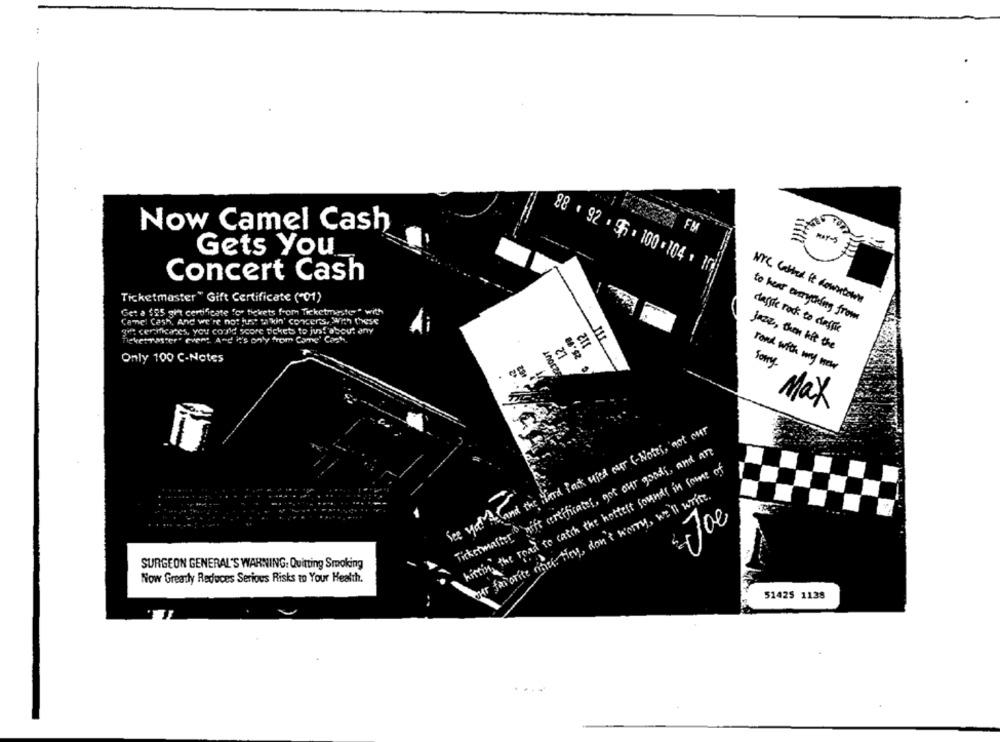
:
Now Camel Cash
FM
--
Gets You
88 . 92 . 96 . 100 .104 . 10
Concert Cash
Ticketmaster" Gift Certificate ("01)
NYC Called it downtown
Get a $25 gift certificate for tickets from Ticketmaster" with
Camel Cash, And we're not just makin' concerts, with these
to hear emycking from
get certificates, you could score tickets to just about any
daggle rock to desfie
nevet raster' event And it's only from Come' Cash.
juez, then hit the
Only 100 C-Netes
rond with my nte
sorry
Max
See you & fand the third Pack wied our (-Notei, not our
Ticketmaster" gift certificates, got Our goods, and an
hitting the road to catch the hottest rounds in some of
her favorite once. Hoy, don't worry, we'll write.
SURGEON GENERAL'S WARNING: Quitting Smoking
Now Greatly Reduces Serious Risks to Your Health.
51425 1138